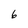
Character: 6